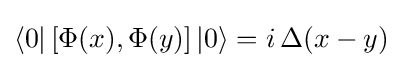
\langle 0|\left[\Phi (x),\Phi (y)\right]|0\rangle =i\,\Delta (x-y)